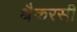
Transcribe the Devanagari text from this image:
थैकरसी